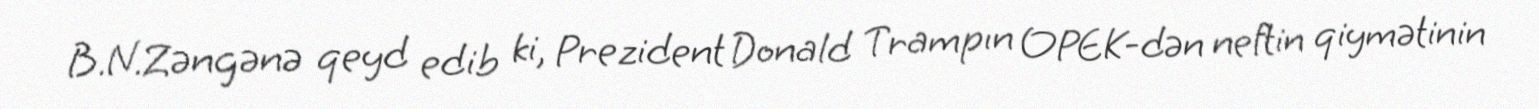
B.N.Zəngənə qeyd edib ki, Prezident Donald Trampın OPEK-dən neftin qiymətinin